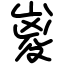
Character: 嵏